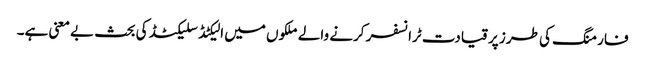
فارمنگ کی طرز پر قیادت ٹرانسفر کرنے والے ملکوں میں الیکٹڈ سلیکٹڈ کی بحث بے معنی ہے۔